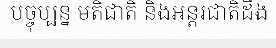
បច្ចុប្បន្ន មតិជាតិ និងអន្តរជាតិដឹង